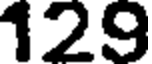
129